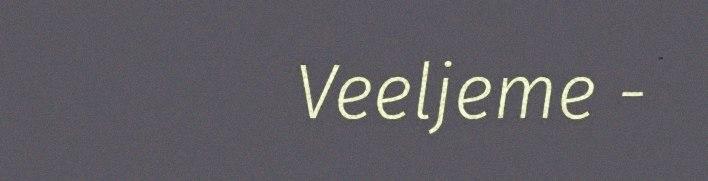
​ ​ ​ ​ ​ ​ ​ ​ ​ ​ Veeljeme -